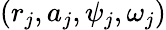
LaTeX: (r_{j},a_{j},\psi_{j},\omega_{j})